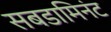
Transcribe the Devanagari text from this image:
सबडामिनंट